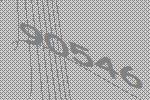
90546